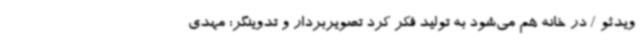
ویدئو / در خانه هم می‌شود به تولید فکر کرد تصویربردار و تدوینگر: مهدی